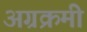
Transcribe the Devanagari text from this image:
अग्रक्रमी